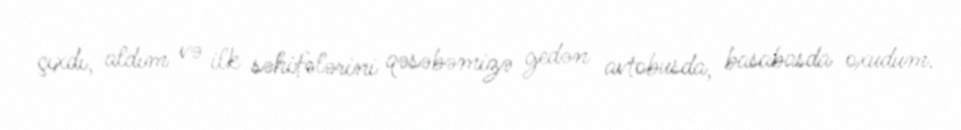
çıxdı, aldım və ilk səhifələrini qəsəbəmizə gedən avtobusda, basabasda oxudum.